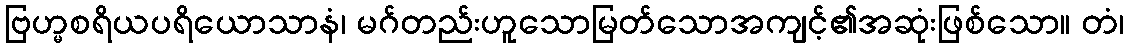
ဗြဟ္မစရိယပရိယောသာနံ၊ မဂ်တည်းဟူသောမြတ်သောအကျင့်၏အဆုံးဖြစ်သော။ တံ၊